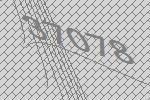
37078